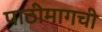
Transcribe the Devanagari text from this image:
पाठीमागची